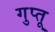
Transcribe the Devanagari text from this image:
गुप्तू